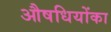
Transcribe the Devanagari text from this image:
औषधियोंका